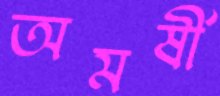
অমর্ষী